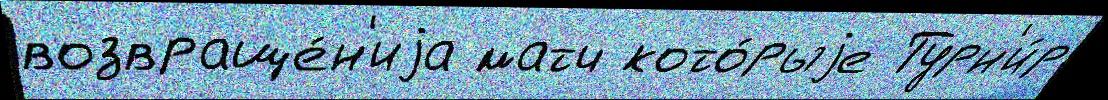
возвраще́н'иjа матч кото́рыjе Турн'и́р